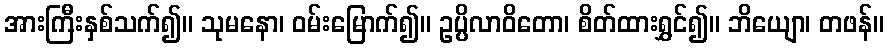
အားကြီးနှစ်သက်၍။ သုမနော၊ ဝမ်းမြောက်၍။ ဥပ္ပိလာဝိတော၊ စိတ်ထားရွှင်၍။ ဘိယျော၊ တဖန်။